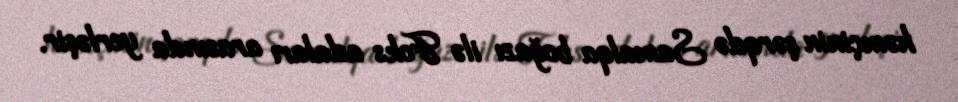
həmçinin şərqdə Samalqa boğazı ilə Foks adaları arasında yerləşir.